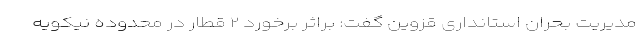
مدیریت بحران استانداری قزوین گفت: براثر برخورد ۲ قطار در محدوده نیکویه